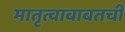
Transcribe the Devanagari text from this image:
मातृत्वाबाबतची